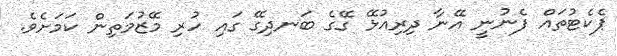
ޕެކެޓުތައް ފެނުނީ އޭނާ ދިރިއުޅޭ ގޭގެ ބަނދިގޭ ގައި ހުރި މޭޒުމަތިން ކަމަށެވެ.